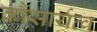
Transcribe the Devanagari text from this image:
कौसार्यत्व